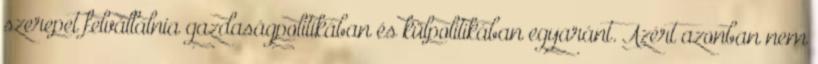
szerepet felvállalnia gazdaságpolitikában és külpolitikában egyaránt. Azért azonban nem